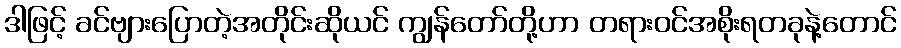
ဒါဖြင့် ခင်ဗျားပြောတဲ့အတိုင်းဆိုယင် ကျွန်တော်တို့ဟာ တရားဝင်အစိုးရတခုနဲ့တောင်